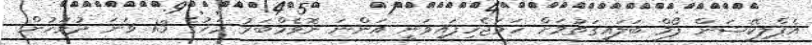
އެޕްލިކޭޝަން ފޯމް ބަލައިގަތުމަށް ހަމަޖެހިފައިވަނީ އަންނަ ނޮވެމްބަރު މަހުގެ 13 ވަނަ ދުވަހުން